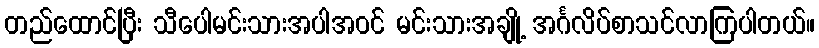
တည်ထောင်ပြီး သီပေါမင်းသားအပါအဝင် မင်းသားအချို့ အင်္ဂလိပ်စာသင်လာကြပါတယ်။